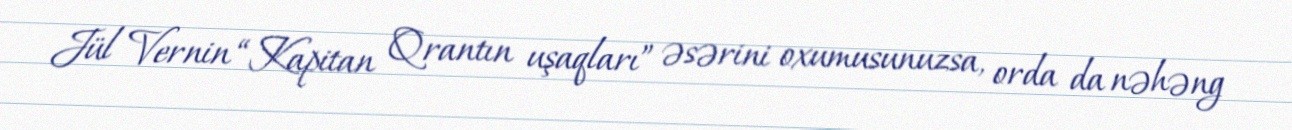
Jül Vernin “Kapitan Qrantın uşaqları” əsərini oxumusunuzsa, orda da nəhəng